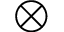
\otimes